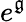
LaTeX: e^{\mathfrak{g}}